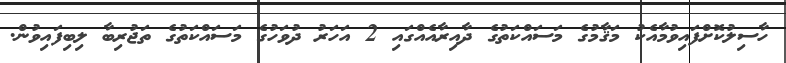
ހާސިލުކޮށްފައިވުމާއެކު މަޤާމުގެ މަސައްކަތުގެ ދާއިރާއެއްގައި 2 އަހަރު ދުވަހުގެ މަސައްކަތުގެ ތަޖުރިބާ ލިބިފައިވުން.